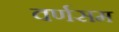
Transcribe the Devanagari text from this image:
वर्णसम